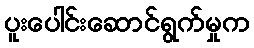
ပူးပေါင်းဆောင်ရွက်မှုက